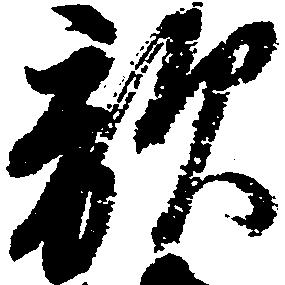
敵